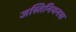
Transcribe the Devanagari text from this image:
जस्तिनियनस